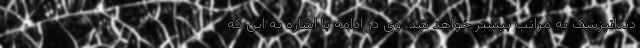
دندانپزشک به مراتب بیشتر خواهد شد. وی در ادامه با اشاره به این که